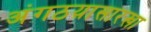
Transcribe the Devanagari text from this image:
अंगठय़ासारखा